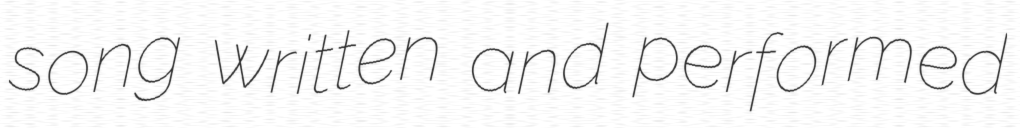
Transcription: song written and performed